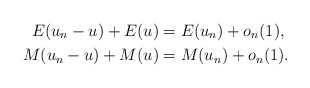
\begin{align*}E(u_n-u)+E(u)&=E(u_n)+o_n(1),\\M(u_n-u)+M(u)&=M(u_n)+o_n(1).\end{align*}